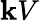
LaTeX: \mathbf{k}V